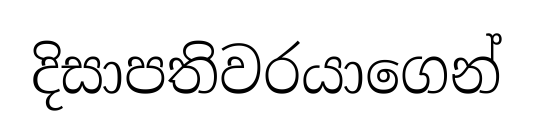
දිසාපතිවරයාගෙන්